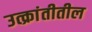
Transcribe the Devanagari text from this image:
उत्क्रांतीतील